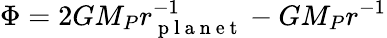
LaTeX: \Phi=2GM_{P}r_{\mathrm{~p~l~a~n~e~t~}}^{-1}-GM_{P}r^{-1}